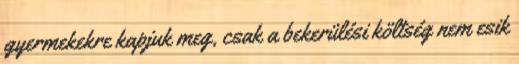
gyermekekre kapjuk meg, csak a bekerülési költség nem esik